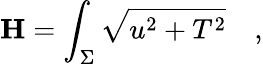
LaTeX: {\mathbf H}=\int_{\Sigma}\sqrt{u^{2}+T^{2}}\quad,